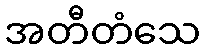
အတီတံသေ